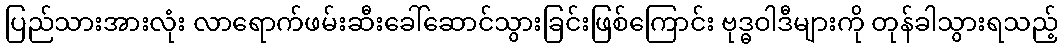
ပြည်သားအားလုံး လာရောက်ဖမ်းဆီးခေါ်ဆောင်သွားခြင်းဖြစ်ကြောင်း ဗုဒ္ဓဝါဒီများကို တုန်ခါသွားရသည့်